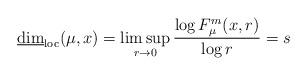
LaTeX: \begin{align*}\underline{\dim}_{\rm loc}(\mu, x)=\limsup_{r\to 0} \frac{\log F_\mu^m(x,r)}{\log r}=s\end{align*}